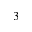
^ 3